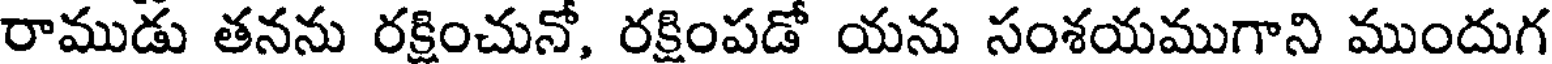
రాముడు తనను రక్షించునో, రక్షింపడో యను సంశయముగాని ముందుగ